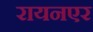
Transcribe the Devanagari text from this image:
रायनएर